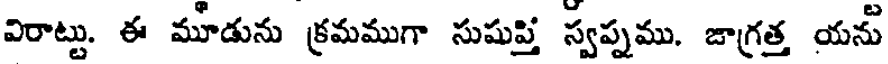
విరాట్టు. ఈ మూడును క్రమముగా సుషుప్తి స్వప్నము. జాగ్రత్త యను